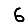
Digit: 6